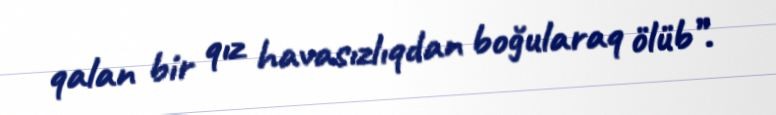
qalan bir qız havasızlıqdan boğularaq ölüb”.